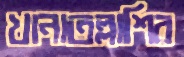
খানাতল্লাশির